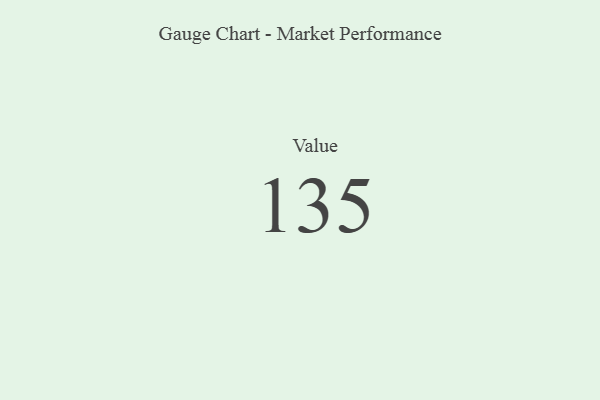
{"axis": {"x": "Metric", "y": "Value"}, "legend": [""], "data": [{"x": "Value", "y": 135, "type": ""}]}